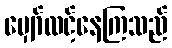
မျှော်လင့်နေကြသည်